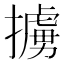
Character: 擄